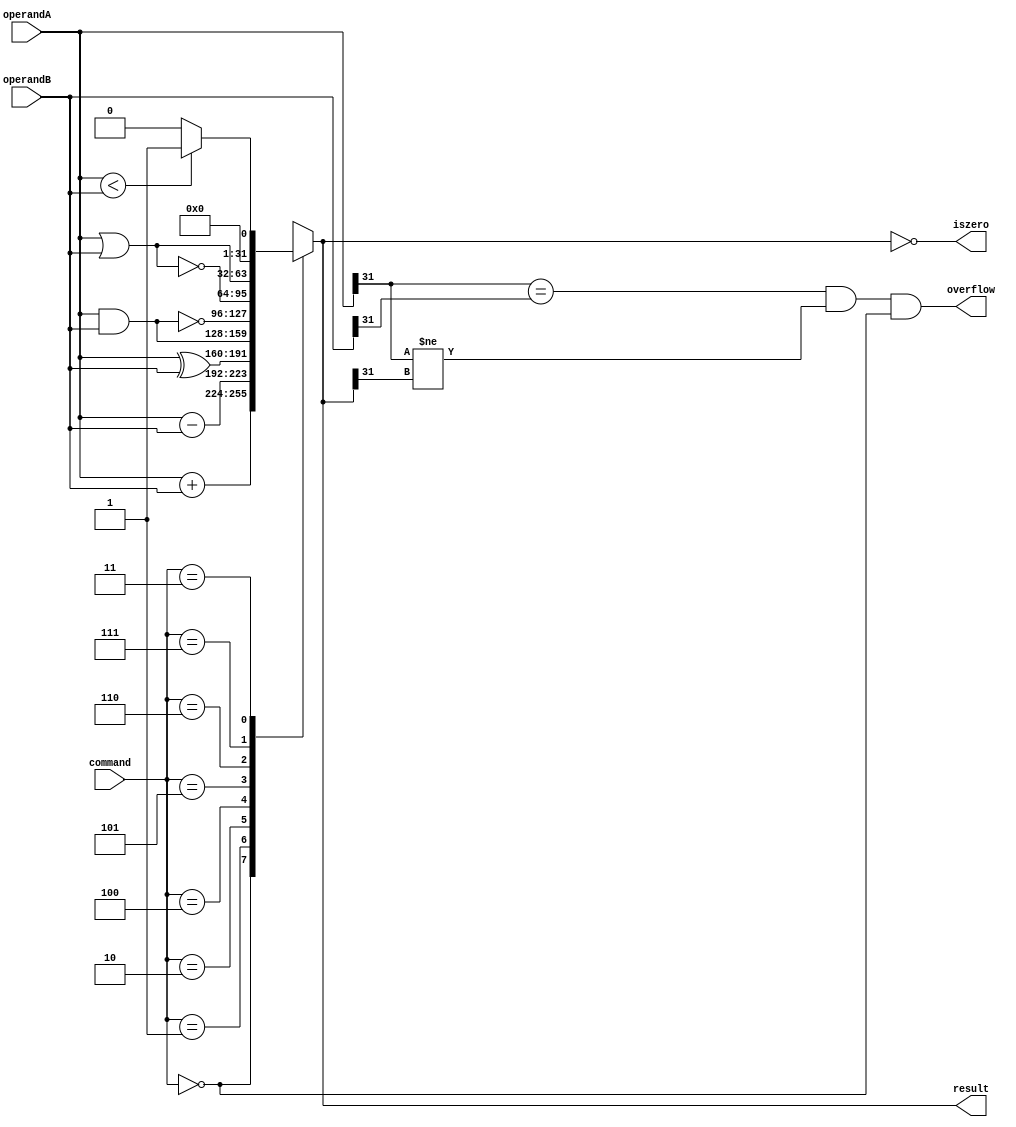
// ALU commands
`define ADD_  3'd0
`define SUB_  3'd1
`define XOR_  3'd2
`define SLT_  3'd3
`define AND_  3'd4
`define NAND_ 3'd5
`define NOR_  3'd6
`define OR_   3'd7

module alu
    (
        output[31:0]  result,
        output        	iszero,
        output        	overflow,
        input[31:0]   operandA,
        input[31:0]   operandB,
        input[2:0]    	command
    );

    reg[31:0] result_prelim; // 33 bits, 1 to check overflow
    reg ovf;

    assign result = result_prelim;
    assign iszero = result_prelim == 32'b0;

    // MIPS defined overflow is for signed ADD and ADDI instructions, so we don't need
    // to deal with other subtraction. 
    assign overflow = ((operandA[31] == operandB[31]) && (operandA[31] != result_prelim[31])) && ((command == `ADD_));

    always @* begin
        case (command) 
            `ADD_:  begin result_prelim <= operandA + operandB; end
            `SUB_:  begin result_prelim <= operandA - operandB; end
            `XOR_:  begin result_prelim <= operandA ^ operandB; end
            `AND_:  begin result_prelim <= operandA & operandB; end
            `NAND_:  begin result_prelim <= ~(operandA & operandB); end
            `NOR_:  begin result_prelim <= ~(operandA | operandB); end
            `OR_:  begin result_prelim <= operandA | operandB; end
            `SLT_: begin result_prelim <= (operandA < operandB) ? 1'b1  : 1'b0; end
            default : /* default */;
        endcase
    end
endmodule